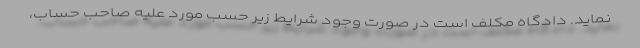
نماید. دادگاه مکلف است در صورت وجود شرایط زیر حسب مورد علیه صاحب حساب،